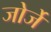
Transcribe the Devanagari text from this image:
जोर्जे